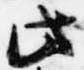
此